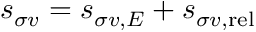
s _ { \sigma v } = s _ { \sigma v , { \cal E } } + s _ { \sigma v , \mathrm { r e l } }